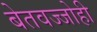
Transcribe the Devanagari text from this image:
बेतवज्जोही